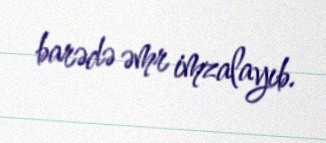
barədə əmr imzalayıb.